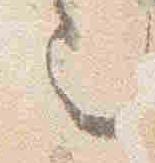
也